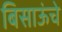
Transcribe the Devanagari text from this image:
बिसाऊंचे